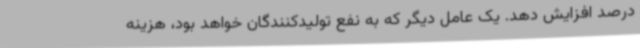
درصد افزایش دهد. یک عامل دیگر که به نفع تولیدکنندگان خواهد بود، هزینه